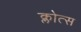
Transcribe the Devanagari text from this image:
क्लोत्स